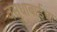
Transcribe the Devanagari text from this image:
वसुधाबाईचा